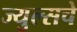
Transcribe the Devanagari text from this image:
ज्युल्सचे